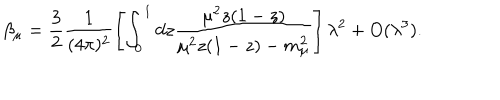
\beta _ { \mu } = \frac { 3 } { 2 } \frac { 1 } { ( 4 \pi ) ^ { 2 } } \left[ \int _ { 0 } ^ { 1 } d z \frac { \mu ^ { 2 } z ( 1 - z ) } { \mu ^ { 2 } z ( 1 - z ) - m _ { \mu } ^ { 2 } } \right] \lambda ^ { 2 } + O ( \lambda ^ { 3 } ) .